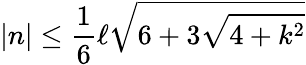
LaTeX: \left|n\right|\leq\frac{1}{6}\ell\sqrt{6+3\sqrt{4+k^{2}}}